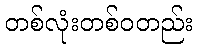
တစ်လုံးတစ်ဝတည်း